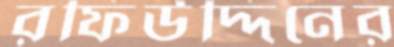
রফিউদ্দিনের